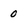
Character: 0